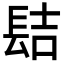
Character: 𨱻